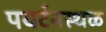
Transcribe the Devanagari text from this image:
पयर्टनस्थळ